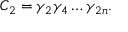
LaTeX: C _ { 2 } = \gamma _ { 2 } \gamma _ { 4 } \ldots \gamma _ { 2 n } .